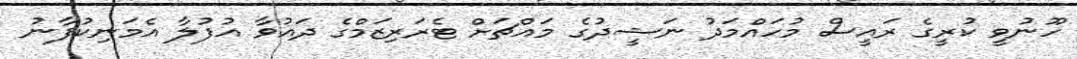
ހޫނުވީ ކުރީގެ ރައީސް މުހައްމަދު ނަޝީދުގެ މައްޗަށް ޓެރަރިޒަމްގެ ދައުވާ އުފުލާ އެމަނިކުފާނު